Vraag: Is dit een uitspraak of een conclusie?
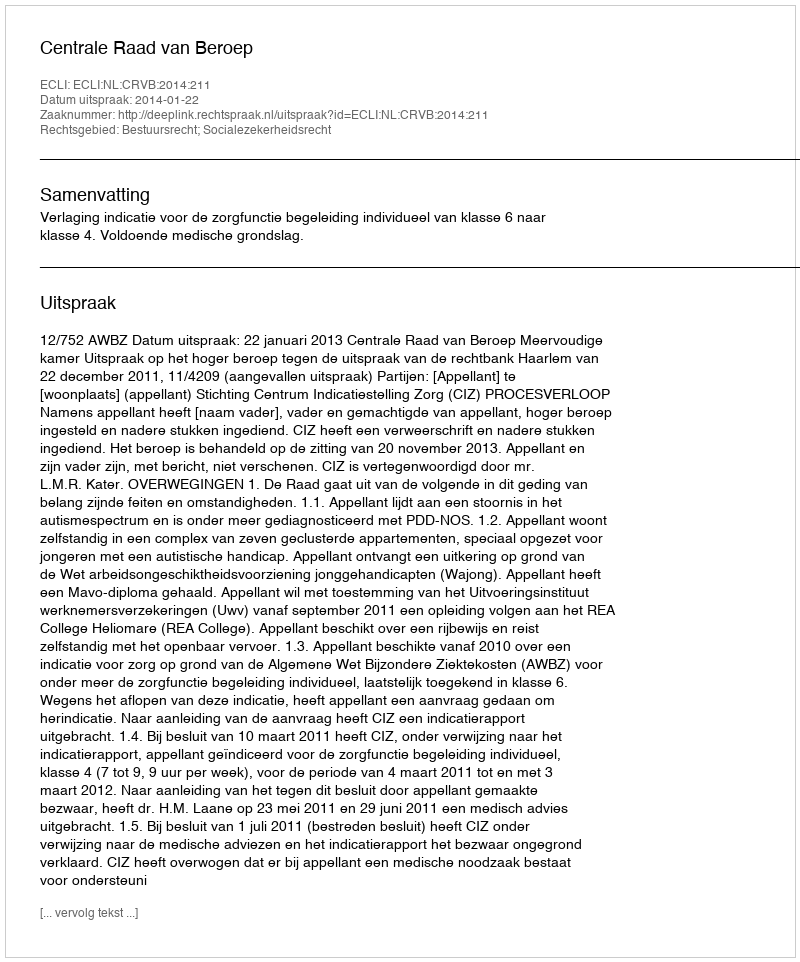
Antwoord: Uitspraak